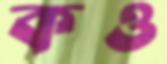
কও